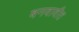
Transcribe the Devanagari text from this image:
बनवावीत